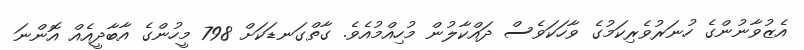
އެޒުވާނުންގެ ހުނަރުވެރިކަމުގެ ވާހަކަވެސް ދައްކާލުން މުހިއްމުއެވެ. ގާތްގަނޑަކަށް 798 މީހުންގެ އާބާދީއެއް އޮންނަ